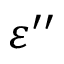
\varepsilon ^ { \prime \prime }